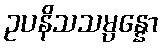
ဥပနိသသမ္ပန္နော